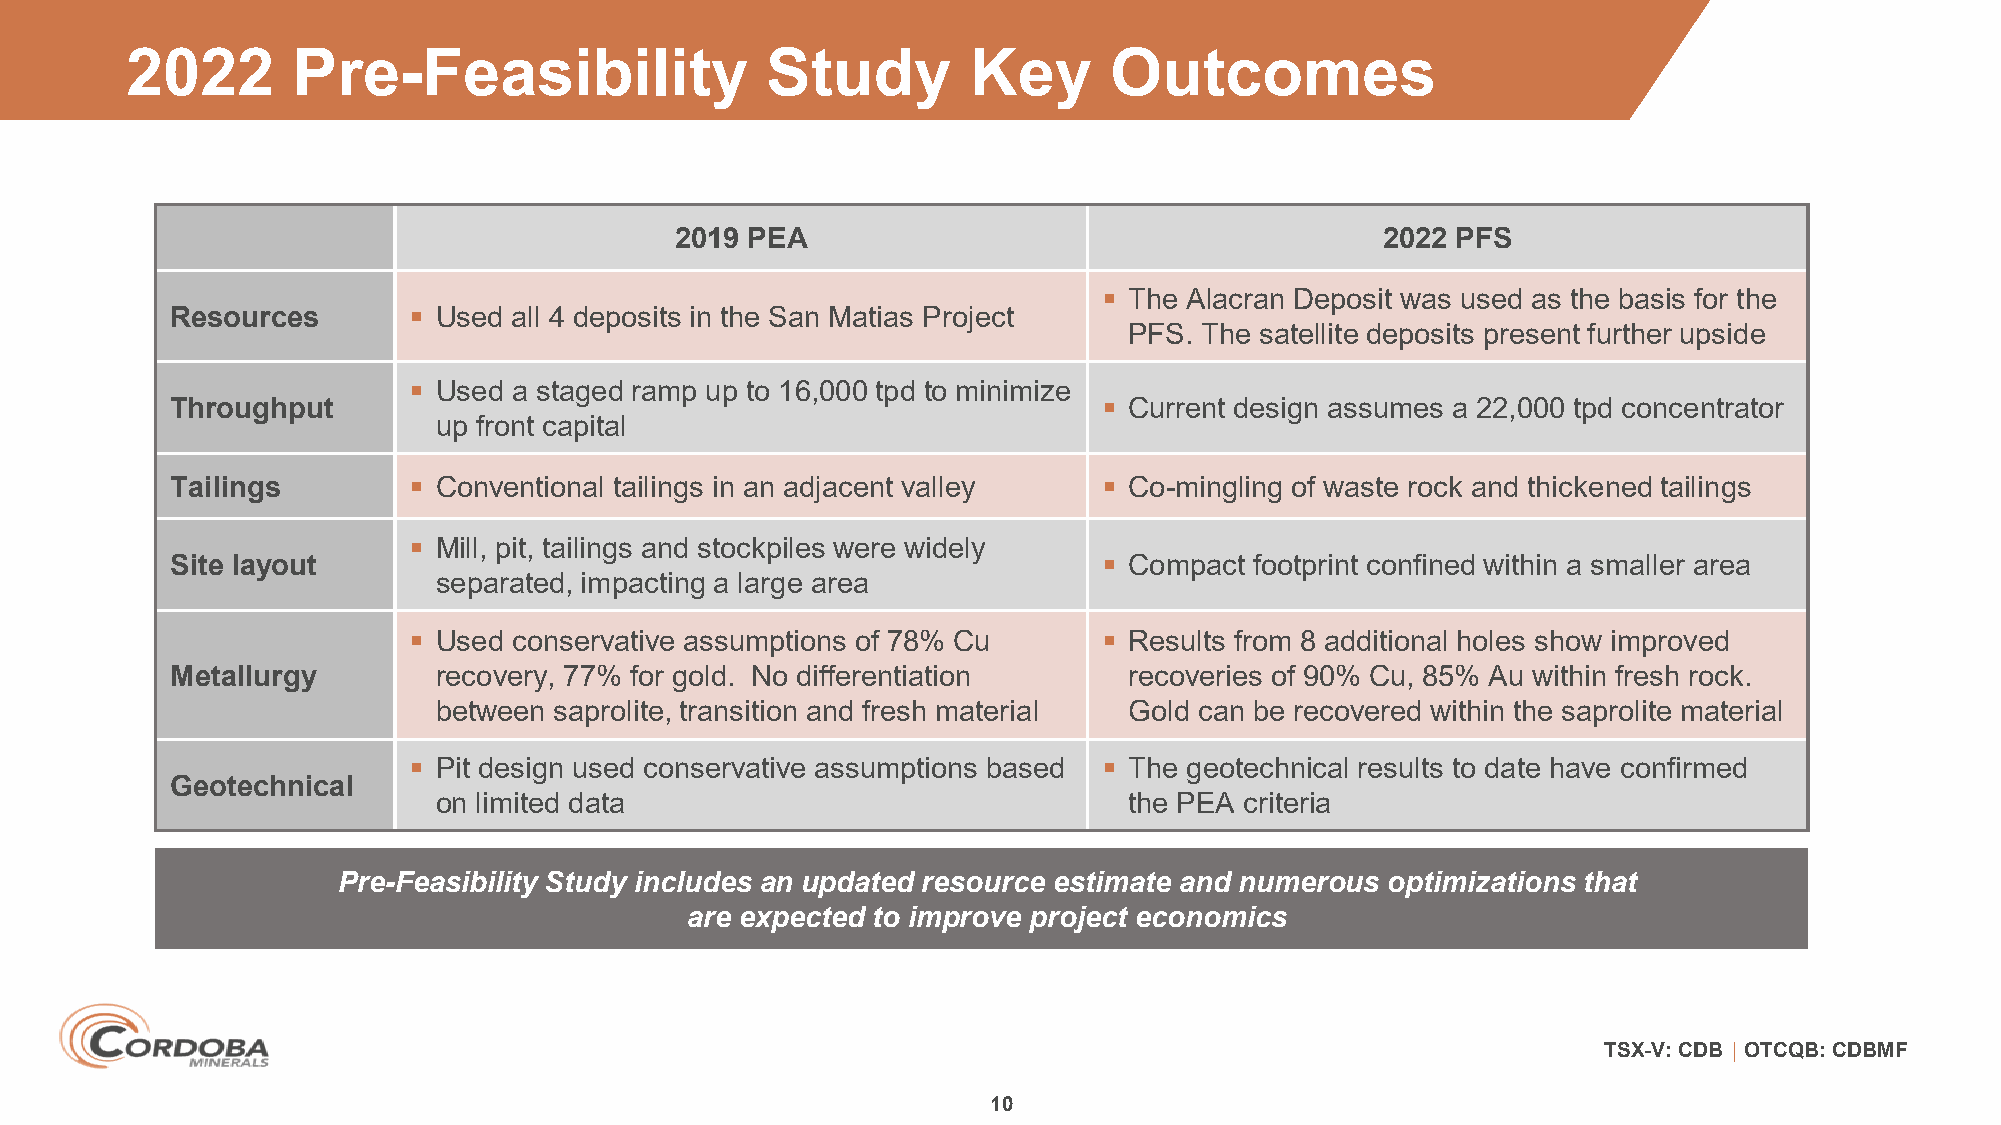
2022       Pre-Feasibility                 Study        Key      Outcomes
 2019 PEA                                       2022 PFS
  The Alacran Deposit was used as the basis for the
 Resources        Used all 4 deposits in the San Matias Project
 PFS. The satellite deposits present further upside
  Used a staged ramp up to 16,000 tpd to minimize
 Throughput                                                     Current design assumes a 22,000 tpd concentrator
 up front capital
 Tailings         Conventional tailings in an adjacent valley  Co-mingling of waste rock and thickened tailings
  Mill, pit, tailings and stockpiles were widely
 Site layout                                                    Compact footprint confined within a smaller area
 separated, impacting a large area
  Used conservative assumptions of 78% Cu      Results from 8 additional holes show improved
 Metallurgy        recovery, 77% for gold. No differentiation    recoveries of 90% Cu, 85% Au within fresh rock.
 between saprolite, transition and fresh material Gold can be recovered within the saprolite material
  Pit design used conservative assumptions based  The geotechnical results to date have confirmed
 Geotechnical
 on limited data                               the PEA criteria
 Pre-Feasibility Study includes an updated resource estimate and numerous optimizations that
 are expected to improve project economics
 TSX-V: CDB │ OTCQB: CDBMF
 10